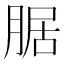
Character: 腒